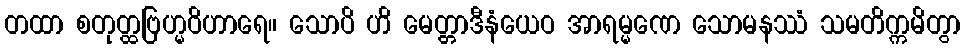
တထာ စတုတ္ထဗြဟ္မဝိဟာရေ။ သောပိ ဟိ မေတ္တာဒီနံယေဝ အာရမ္မဏေ သောမနဿံ သမတိက္ကမိတွာ